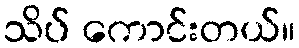
သိပ် ကောင်းတယ်။